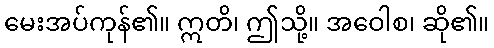
မေးအပ်ကုန်၏။ ဣတိ၊ ဤသို့။ အဝေါစ၊ ဆို၏။